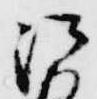
法